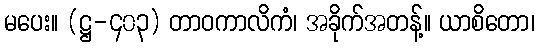
မပေး။ (ဋ္ဌ-၄၀၃) တာဝကာလိကံ၊ အခိုက်အတန့်။ ယာစိတော၊